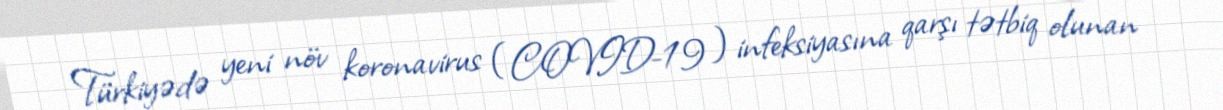
Türkiyədə yeni növ koronavirus (COVID-19) infeksiyasına qarşı tətbiq olunan